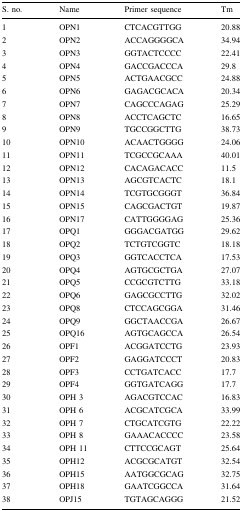
| S. no. | Name | Primer sequence | Tm |
 | --- | --- | --- | --- |
 | 1 | OPN1 | CTCACGTTGG | 20.88 |
 | 2 | OPN2 | ACCAGGGGCA | 34.94 |
 | 3 | OPN3 | GGTACTCCCC | 22.41 |
 | 4 | OPN4 | GACCGACCCA | 29.8 |
 | 5 | OPN5 | ACTGAACGCC | 24.88 |
 | 6 | OPN6 | GAGACGCACA | 20.34 |
 | 7 | OPN7 | CAGCCCAGAG | 25.29 |
 | 8 | OPN8 | ACCTCAGCTC | 16.65 |
 | 9 | OPN9 | TGCCGGCTTG | 38.73 |
 | 10 | OPN10 | ACAACTGGGG | 24.06 |
 | 11 | OPN11 | TCGCCGCAAA | 40.01 |
 | 12 | OPN12 | CACAGACACC | 11.5 |
 | 13 | OPN13 | AGCGTCACTC | 18.1 |
 | 14 | OPN14 | TCGTGCGGGT | 36.84 |
 | 15 | OPN15 | CAGCGACTGT | 19.87 |
 | 16 | OPN17 | CATTGGGGAG | 25.36 |
 | 17 | OPQ1 | GGGACGATGG | 29.62 |
 | 18 | OPQ2 | TCTGTCGGTC | 18.18 |
 | 19 | OPQ3 | GGTCACCTCA | 17.53 |
 | 20 | OPQ4 | AGTGCGCTGA | 27.07 |
 | 21 | OPQ5 | CCGCGTCTTG | 33.18 |
 | 22 | OPQ6 | GAGCGCCTTG | 32.02 |
 | 23 | OPQ8 | CTCCAGCGGA | 31.46 |
 | 24 | OPQ9 | GGCTAACCGA | 26.67 |
 | 25 | OPQ16 | AGTGCAGCCA | 26.54 |
 | 26 | OPF1 | ACGGATCCTG | 23.93 |
 | 27 | OPF2 | GAGGATCCCT | 20.83 |
 | 28 | OPF3 | CCTGATCACC | 17.7 |
 | 29 | OPF4 | GGTGATCAGG | 17.7 |
 | 30 | OPH 3 | AGACGTCCAC | 16.83 |
 | 31 | OPH 6 | ACGCATCGCA | 33.99 |
 | 32 | OPH 7 | CTGCATCGTG | 22.22 |
 | 33 | OPH 8 | GAAACACCCC | 23.58 |
 | 34 | OPH 11 | CTTCCGCAGT | 25.64 |
 | 35 | OPH12 | ACGCGCATGT | 32.54 |
 | 36 | OPH15 | AATGGCGCAG | 32.75 |
 | 37 | OPH18 | GAATCGGCCA | 31.64 |
 | 38 | OPJ15 | TGTAGCAGGG | 21.52 |